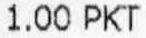
1.00 PKT